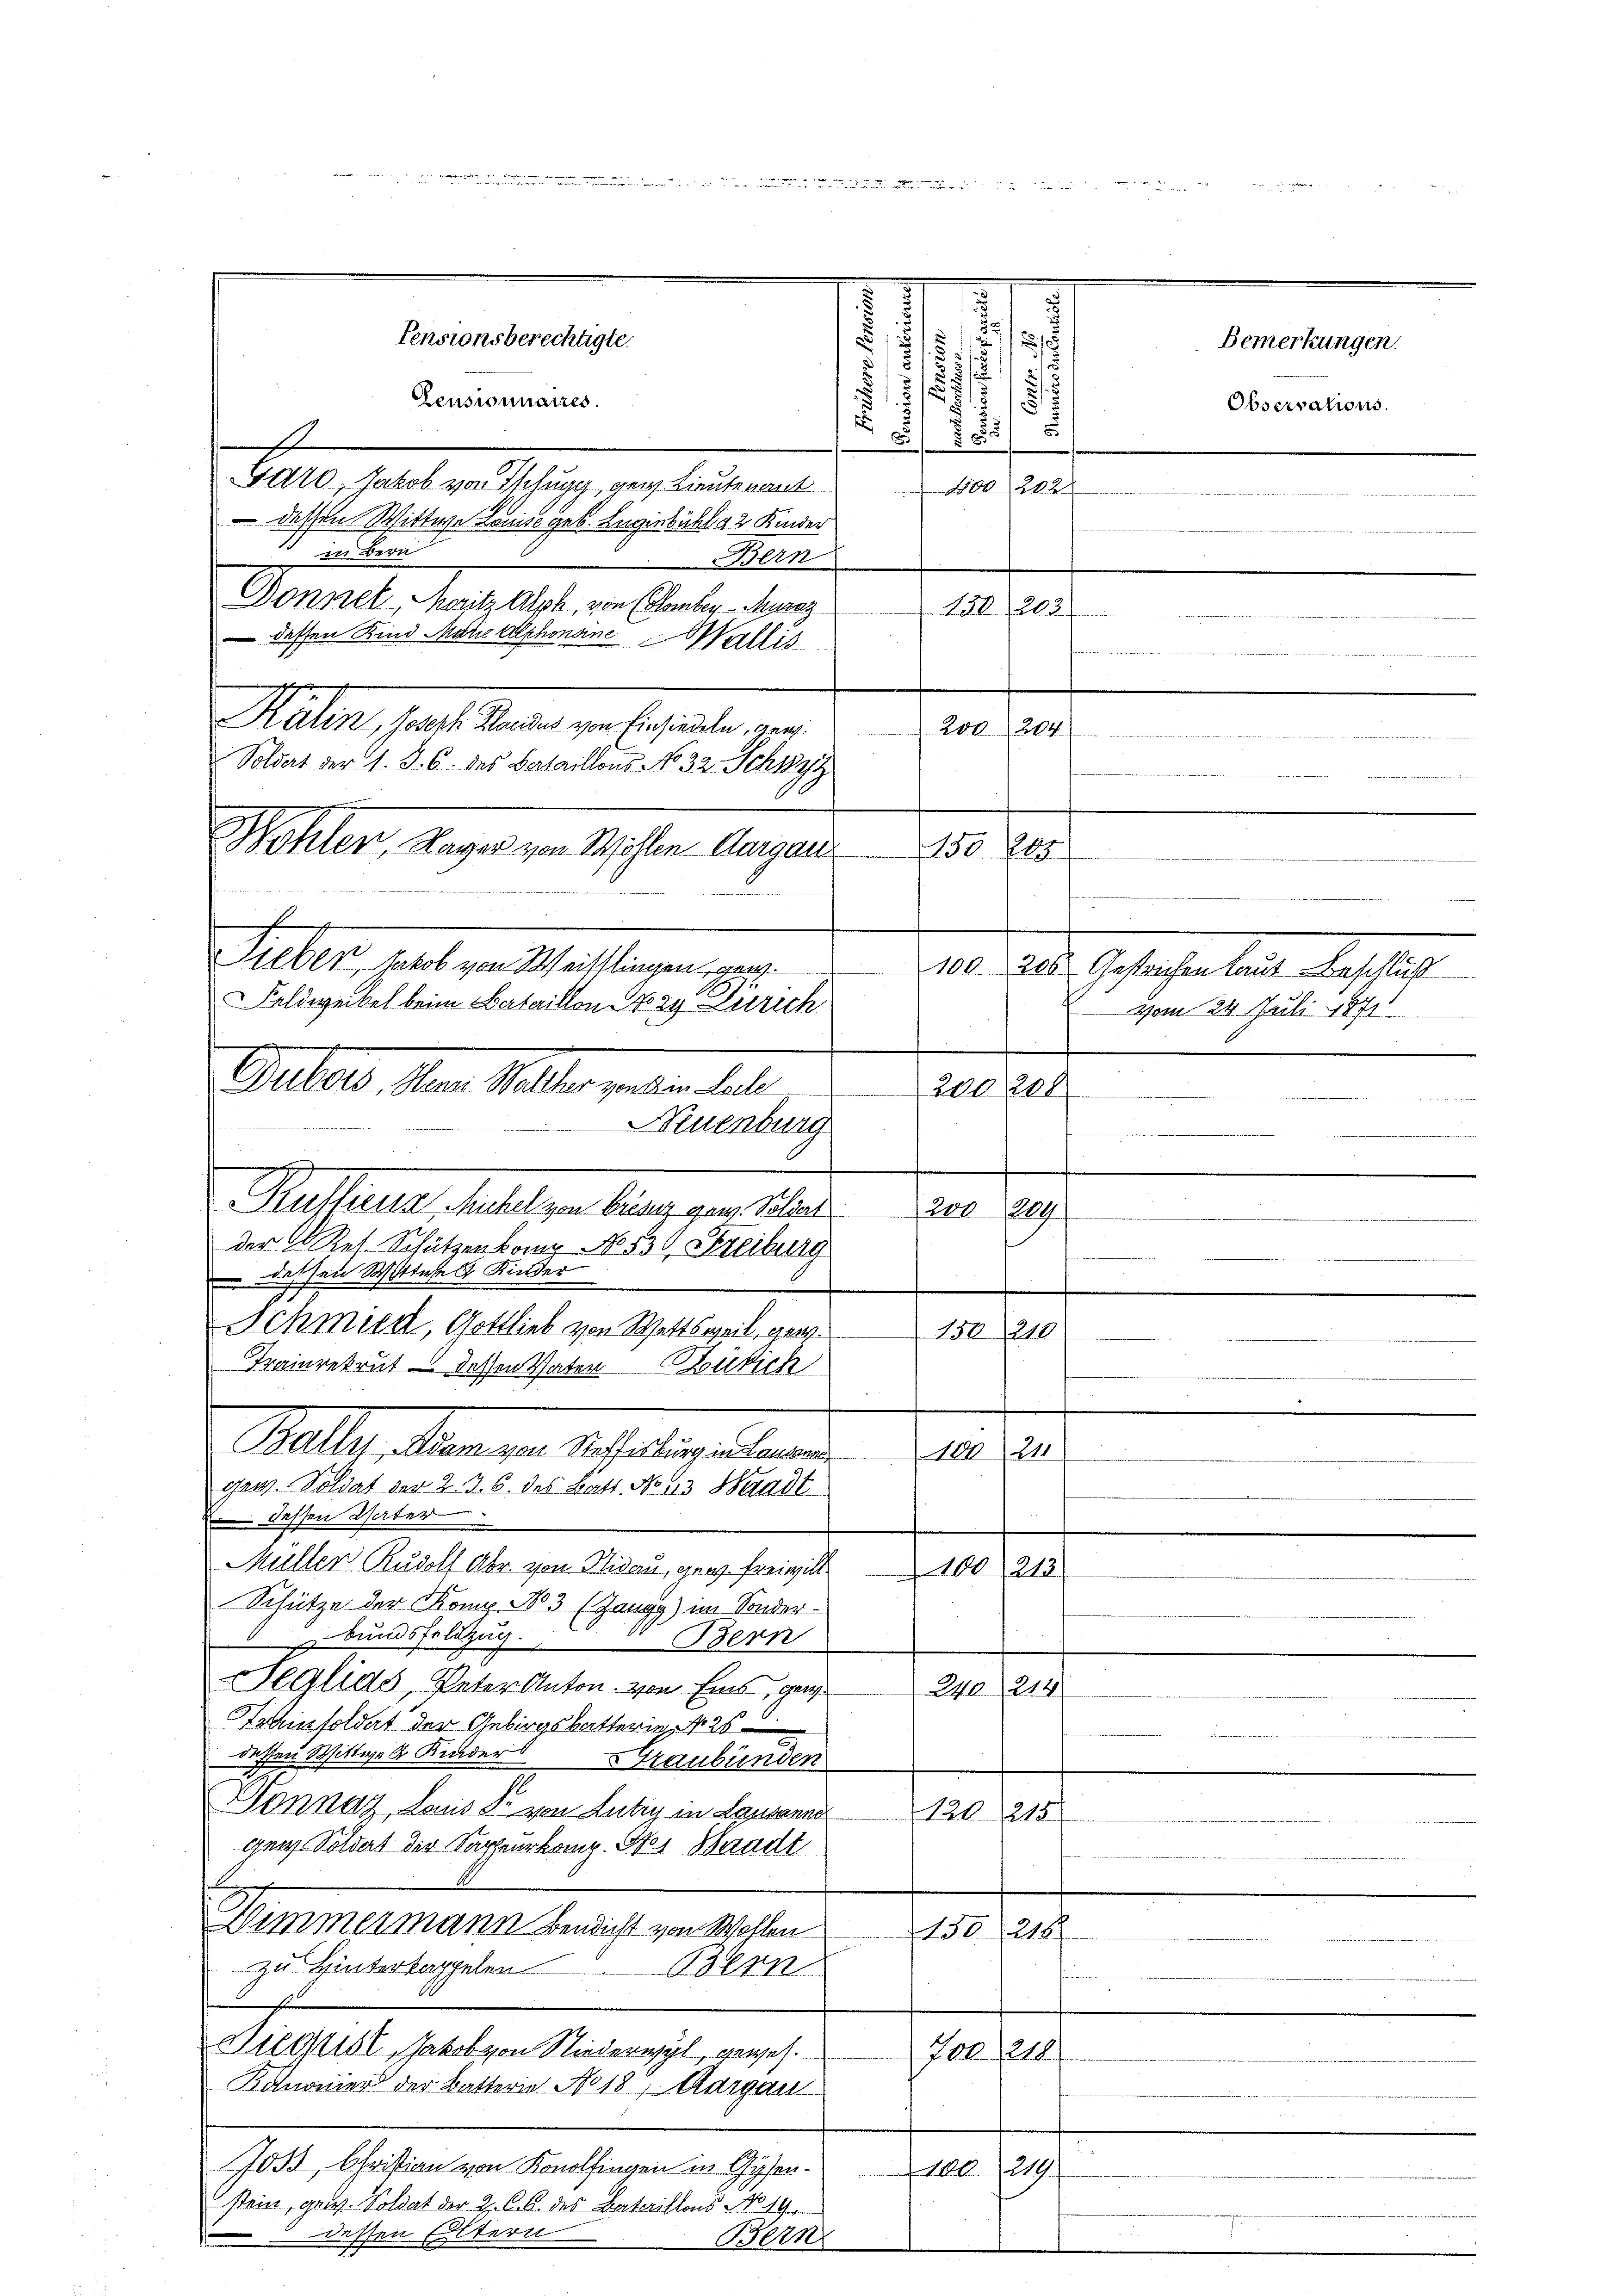
Zensionnaires.

Garo, Jakob von Tschugg, gen Lieutenant
 dessen Wittwe Louise geb. Lugenbichl 2 Kinder
in dern
Bern
Donnel, Moritz Alph, von (lauter - Muraz
 dessen Kind Marie Alphonane Wallis
Matern, das Mauer zu erhalten ver
Soldat der 1. d. 6. des Bataillons No. 32. Schwyz
Wohler Nager von Willen Aargau
b
Sieber, Jakob von Weittlingen ganz
Feldwerkel beim Bataillon Nory Zürich
Dubois, Henri Walther von dem Lache
1
Kulliens Michel von Breser gew. Soldat
der Res. Schützenkamp No. 531, Freiburg
dessen Witteres Kinder
Schmide Gottlieb von Wettsweil, ganz
Trainrekrut dessen Vater Zürich
Maller Mangen des eine altenen
gew. Soldat der 2. 3. 6. des Batt No 63 Waadt
dessen Werter
Müllen Rudolf Abr. von Plidau, ganz freigel 100 213
Schütze der Komp. N03 (Zangg) im Sonder¬
Bundsfeldzug.
Seglids, Peter Anton von Eins, ganz
Trainsoldat der Gebirgsbatterie No 2.
dessen Wittwe A. Kinder Graubünden
Donnaz, Laus Dr. von Lutry in Lausanna
120. 215.
genz Soldat der Sapperkamp. Stos Waadt
s
Simmermann Bendicht von Wohlen
150. 218.
zu Hintertappelen
Bern
Diechisl, Jakob von Niederwyl, gewes.
Job. 218.
Kanonier der Battern No 18, Aargau
7033, Christian von Konolfingen in Gysen¬
100. 219.
stein, gew. Soldat der Z. G. B. des Bataillons No. 19.
dessen Eltern
Bern

.

Pensionsberechtigte.

1
u
2
15.
x
2
¬
.
u

755
N01 202

450. 203.
c ser
 . . . . . 2
50 185
100, 205. Gestrichen laut Beschluß
200208
Neuenburg
200 209.
e
150. 218.
e
f
211
Bern
214
240.

aud der

Bemerkungen.

Observations.

vom 22. Juli 1891